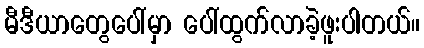
မီဒီယာတွေပေါ်မှာ ပေါ်ထွက်လာခဲ့ဖူးပါတယ်။